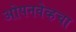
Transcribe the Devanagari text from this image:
ओपनवेव्हचा